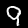
Label: 9